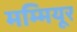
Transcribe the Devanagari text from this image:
मम्मियूर